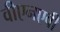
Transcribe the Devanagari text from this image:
वीएनएवी